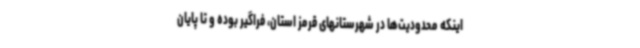
اینکه محدودیت‌ها در شهرستانهای قرمز استان، فراگیر بوده و تا پایان